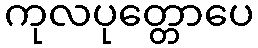
ကုလပုတ္တောပေ